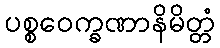
ပစ္စဝေက္ခဏာနိမိတ္တံ